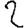
Digit: 2